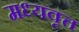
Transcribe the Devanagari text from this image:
मध्यवृत्त